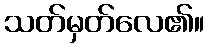
သတ်မှတ်လေ၏။